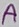
Text: A